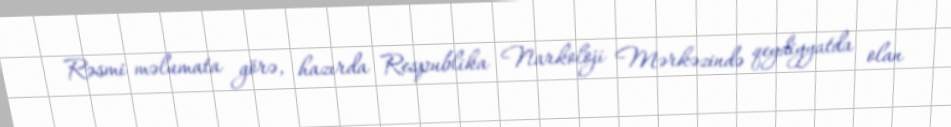
Rəsmi məlumata görə, hazırda Respublika Narkoloji Mərkəzində qeydiyyatda olan